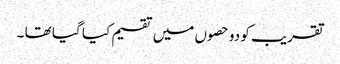
تقریب کو دو حصوں میں تقسیم کیا گیا تھا ۔